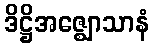
ဒိဋ္ဌိအဇ္ဈောသာနံ